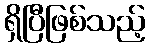
ရှိပြီဖြစ်သည့်